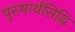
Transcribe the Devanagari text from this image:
पुरुषार्थसिद्धि